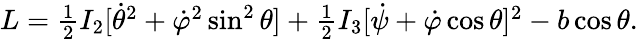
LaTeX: \begin{array}{r}{L=\frac 12I_{2}[\dot{\theta}^{2}+\dot{\varphi}^{2}\sin^{2}\theta]+\frac 12I_{3}[\dot{\psi}+\dot{\varphi}\cos\theta]^{2}-b\cos\theta.}\end{array}